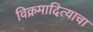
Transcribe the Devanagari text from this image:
विक्रमादित्याचा